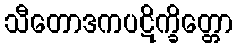
သီတောဒကပဋိက္ခိတ္တော